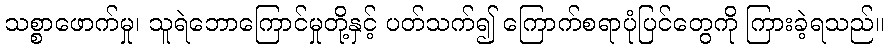
သစ္စာဖောက်မှု၊ သူရဲဘောကြောင်မှုတို့နှင့် ပတ်သက်၍ ကြောက်စရာပုံပြင်တွေကို ကြားခဲ့ရသည်။